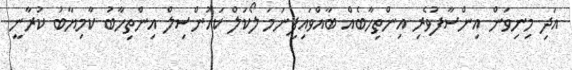
އަދި މިނިވަން އިންސާފުވެރި އިންތިހާބެއް ބާއްވައިފިނަމަ ލޯކަލް ކައުންސިލް އިންތިހާބު ކާމިޔާބު ކުރާނީ